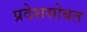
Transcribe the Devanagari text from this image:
प्रदेशसोबत